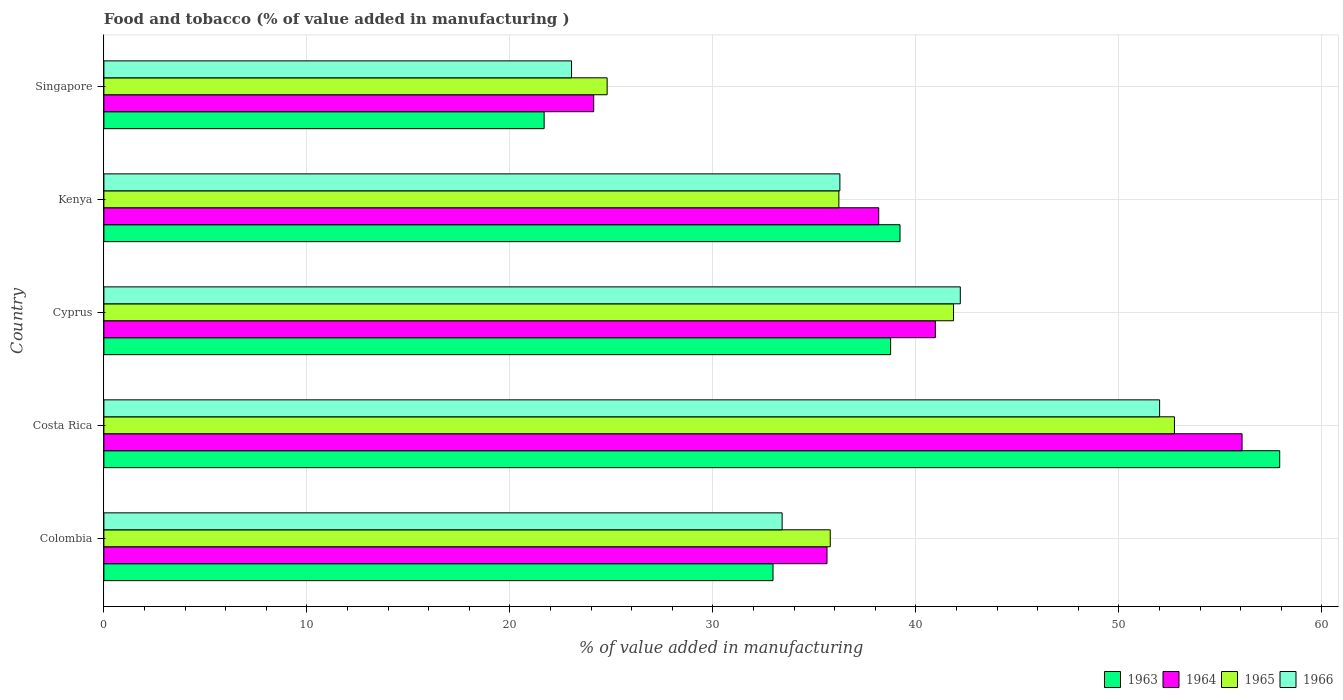
| Country | 1963 | 1964 | 1965 | 1966 |
 | --- | --- | --- | --- | --- |
 | Colombia | 33 | 35.6 | 35.8 | 33.4 |
 | Costa Rica | 57.9 | 56.1 | 52.7 | 52 |
 | Cyprus | 38.8 | 41 | 41.9 | 42.2 |
 | Kenya | 39.2 | 38.2 | 36.2 | 36.3 |
 | Singapore | 21.7 | 24.1 | 24.8 | 23 |